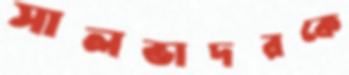
সালভাদরকে